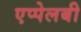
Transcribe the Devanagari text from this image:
एप्पेलबी